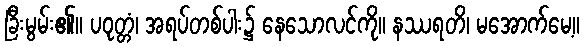
ခြီးမွမ်း၏။ ပဝုတ္တံ၊ အရပ်တစ်ပါး၌ နေသောလင်ကို။ နဿရတိ၊ မအောက်မေ့။